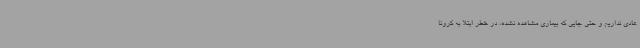
عادی نداریم و حتی جایی که بیماری مشاهده نشده، در خطر ابتلا به کرونا